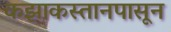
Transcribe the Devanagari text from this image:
कझाकस्तानपासून